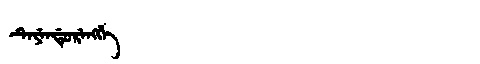
Manchu: ᡨᡝᠶᡝᠨᡩᡠᡵᡝᠩᡤᡝ
Romanization: TEYENDURENGGE